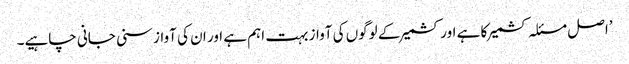
’اصل مسئلہ کشمیر کا ہے اور کشمیر کے لوگوں کی آواز بہت اہم ہے اور ان کی آواز سنی جانی چاہیے۔